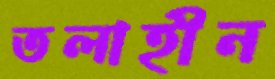
তলাহীন